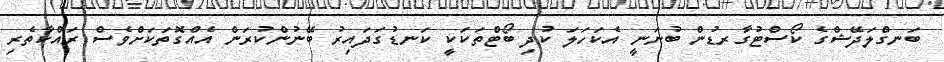
ބަނގްލަދޭޝްގެ ކޯސްޓުގާރޑުން ބުނަނީ އެކަހަލަ ކުދި ބޯޓްތަކަކީ ކަނޑުގަދައިރު ބޭނުންކުރަން އެއްގޮތަކަށްވެސް ރައްކާތެރި